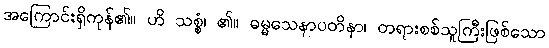
အကြောင်းရှိကုန်၏။ ဟိ သစ္စံ၊ ၏။ ဓမ္မသေနာပတိနာ၊ တရားစစ်သူကြီးဖြစ်သော